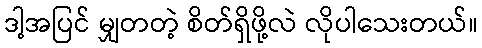
ဒါ့အပြင် မျှတတဲ့ စိတ်ရှိဖို့လဲ လိုပါသေးတယ်။